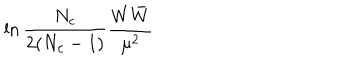
\ln { \frac { N _ { c } } { 2 ( N _ { c } - 1 ) } } { \frac { W \bar { W } } { \mu ^ { 2 } } }